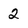
Character: 2